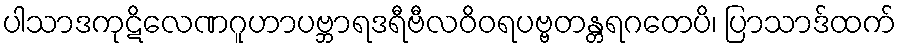
ပါသာဒကုဋိလေဏဂူဟာပဗ္ဘာရဒရီဗီလဝိဝရပဗ္ဗတန္တရဂတေပိ၊ ပြာသာဒ်ထက်